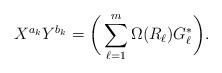
LaTeX: \begin{align*}X^{a_k}Y^{b_k}=\bigg(\sum_{\ell=1}^m \Omega(R_\ell)G^*_\ell\bigg).\end{align*}